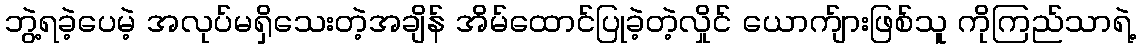
ဘွဲ့ရခဲ့ပေမဲ့ အလုပ်မရှိသေးတဲ့အချိန် အိမ်ထောင်ပြုခဲ့တဲ့လှိုင် ယောက်ျားဖြစ်သူ ကိုကြည်သာရဲ့